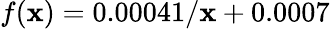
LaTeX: f(\mathbf{x})=0.00041/\mathbf{x}+0.0007